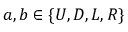
a , b \in \{ U , D , L , R \}